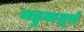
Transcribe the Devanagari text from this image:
चहुबाजूचे